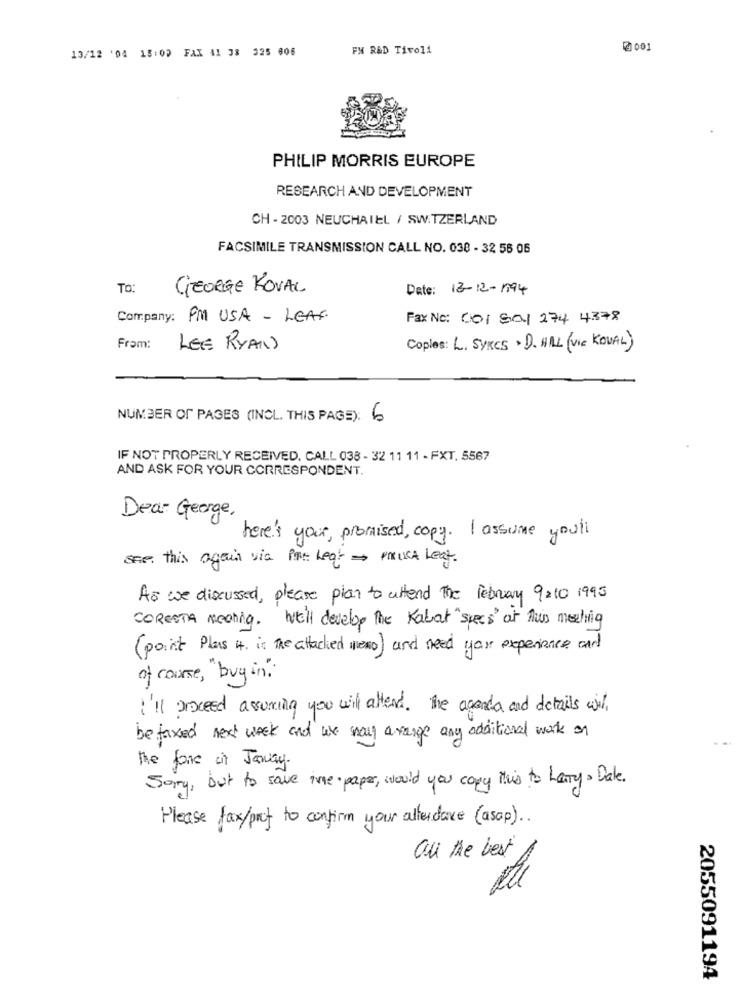
13/12 '04 18:00 FAX 41 38 325 606
FM RAD Tivoli
@001
PHILIP MORRIS EUROPE
RESEARCH AND DEVELOPMENT
CH - 2003 NEUCHATEL / SWITZERLAND
FACSIMILE TRANSMISSION CALL NO. 038 - 32 56 06
TO:
GEORGE KOVAL
Date: 13-12-1994
Company: PM USA - LEAF
Fax No: 001 8a1 274 4378
Fram:
LEE RYAN
Coples: L. SYRCS . D. HILL (VIC KOVAL)
NUMBER OF PAGES (INCL. THIS PAGE): 6
IF NOT PROPERLY RECEIVED. CALL 038 - 32 11 11 - FXT. 5567
AND ASK FOR YOUR CORRESPONDENT.
Dear George ,
here's your, promised, copy. I assume youll
one. this again via Piac heat - prust Leaf.
As we discussed, please plan to attend The February 9210 1995
CORETTA meeting. We'll develop the Kabat "specs' at This meeting
( point Plus 4. is The attached nexo) and need your experience and
of course , "buy in "
I'll proceed assuming you wil attend. The agenda and details will
be faxed next week and we wal a range any additional work on
the fore it Jaway.
Sorry, but to save ine paper, would you copy this to harry . Dale.
Please fax/prut to confirm your attendance ( asap) ..
all the best
2055091194